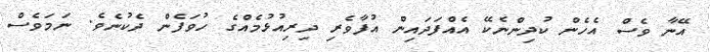
އޭނާ ވެސް އެހެން ކުދިންނެކޭ އެއްފަދައިން އުފާވެރި ދިރިއުޅުމެއްގެ ހުވަފެން ދެކުނެވެ. ނަމަވެސް